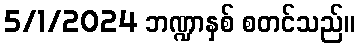
5/1/2024 ဘဏ္ဍာနှစ် စတင်သည်။